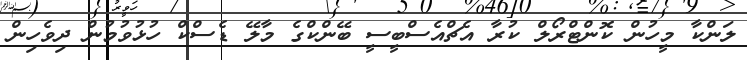
ލަންކާ މީހުން ކޮންޓްރޯލް ކުރާ އެޗްއެސްބީސީ ބޭންކްގެ މާލޭ ޑެސްކް ހުޅުވުމުން ދިވެހިން